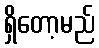
ရှိတော့မည်